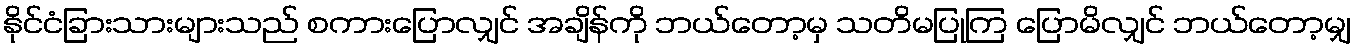
နိုင်ငံခြားသားများသည် စကားပြောလျှင် အချိန်ကို ဘယ်တော့မှ သတိမပြုကြ ပြောမိလျှင် ဘယ်တော့မျှ